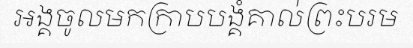
អង្គចូលមកក្រាបបង្គំគាល់ព្រះបរម